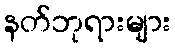
နတ်ဘုရားများ